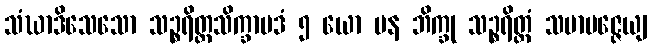
သံဃာဒိသေသော သဉ္စရိတ္တသိက္ခာပဒံ ၅ ယော ပန ဘိက္ခု သဉ္စရိတ္တံ သမာပဇ္ဇေယျ